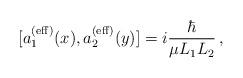
LaTeX: \begin{align*}[a_1^{({\rm eff})}(x), a_2^{({\rm eff})}(y)]= i {\hbar \over \mu L_1L_2}\,,\end{align*}